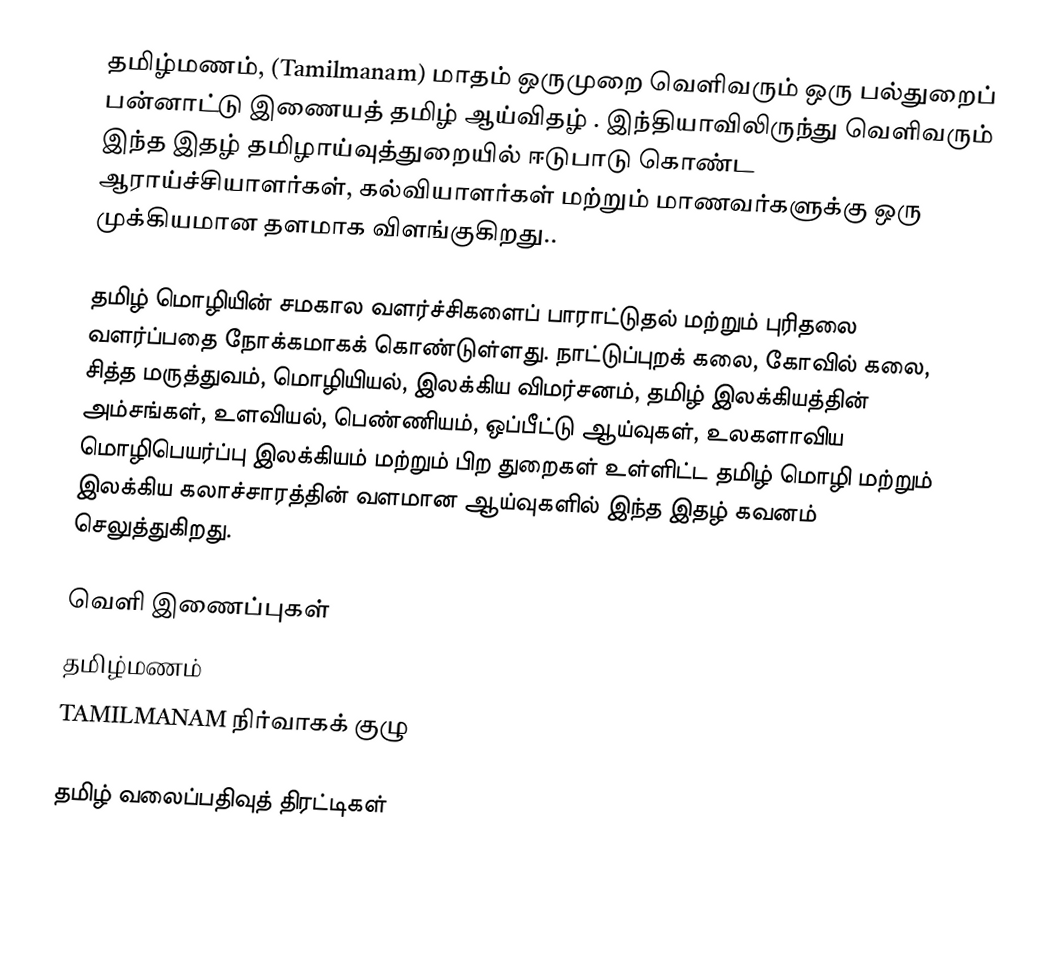
தமிழ்மணம், (Tamilmanam) மாதம் ஒருமுறை வெளிவரும் ஒரு பல்துறைப் பன்னாட்டு இணையத் தமிழ் ஆய்விதழ் . இந்தியாவிலிருந்து வெளிவரும் இந்த இதழ் தமிழாய்வுத்துறையில் ஈடுபாடு கொண்ட ஆராய்ச்சியாளர்கள், கல்வியாளர்கள் மற்றும் மாணவர்களுக்கு ஒரு முக்கியமான தளமாக விளங்குகிறது..

தமிழ் மொழியின் சமகால வளர்ச்சிகளைப் பாராட்டுதல் மற்றும் புரிதலை வளர்ப்பதை நோக்கமாகக் கொண்டுள்ளது. நாட்டுப்புறக் கலை, கோவில் கலை, சித்த மருத்துவம், மொழியியல், இலக்கிய விமர்சனம், தமிழ் இலக்கியத்தின் அம்சங்கள், உளவியல், பெண்ணியம், ஒப்பீட்டு ஆய்வுகள், உலகளாவிய மொழிபெயர்ப்பு இலக்கியம் மற்றும் பிற துறைகள் உள்ளிட்ட தமிழ் மொழி மற்றும் இலக்கிய கலாச்சாரத்தின் வளமான ஆய்வுகளில் இந்த இதழ் கவனம் செலுத்துகிறது.

வெளி இணைப்புகள்
 தமிழ்மணம்
 TAMILMANAM நிர்வாகக் குழு

தமிழ் வலைப்பதிவுத் திரட்டிகள்